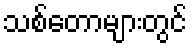
သစ်တောများတွင်